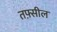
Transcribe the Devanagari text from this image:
तफ़्सील